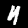
Label: 4